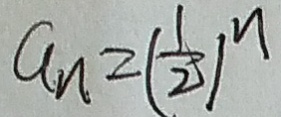
a _ { n } = ( \frac { 1 } { 2 } ) ^ { n }